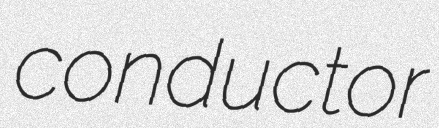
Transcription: conductor